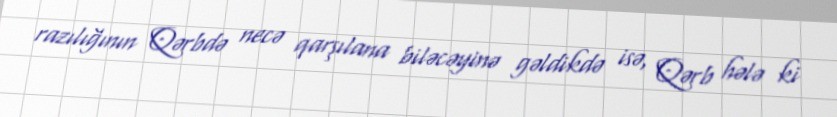
razılığının Qərbdə necə qarşılana biləcəyinə gəldikdə isə, Qərb hələ ki